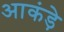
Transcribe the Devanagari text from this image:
आकंड़े